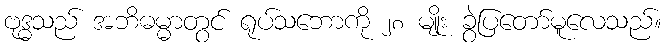
ဗုဒ္ဓသည် အဘိဓမ္မာတွင် ရုပ်သဘောကို ၂၈ မျိုး ခွဲပြတော်မူလေသည်။